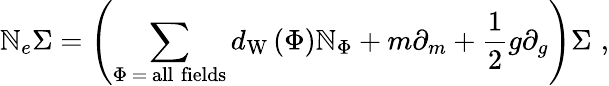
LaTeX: \mathbb{N}_{e}\Sigma=\left(\sum_{\Phi\, =\, \mathrm{{all\; fields}}}d_{\mathrm{{W}}}\left(\Phi\right)\mathbb{N}_{\Phi}+m\partial_{m}+\frac{1}{2}g\partial_{g}\right)\Sigma\, \, ,